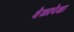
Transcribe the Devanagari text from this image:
वेळापेक्षा